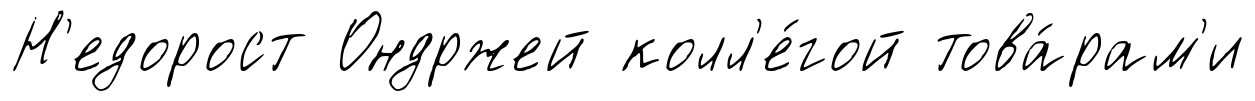
Н'едорост Ондржей колл'е́гой това́рам'и